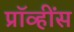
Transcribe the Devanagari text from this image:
प्रॉव्हींस